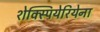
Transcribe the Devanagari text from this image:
शेक्स्पियेरियेना